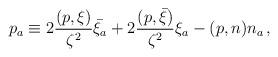
LaTeX: \begin{align*}p_a\equiv2\frac{(p,\xi)}{\zeta^2}\bar{\xi_a}+2\frac{(p,\bar{\xi})}{\zeta^2}\xi_a-(p,n)n_a\,,\end{align*}